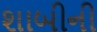
શાબીની